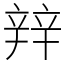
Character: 辡